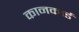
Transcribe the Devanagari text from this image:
कानकार्ड